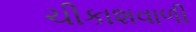
ચીકાશવાળી